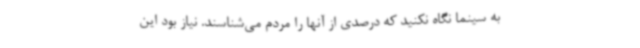
به سینما نگاه نکنید که درصدی از آنها را مردم می‌شناسند. نیاز بود این